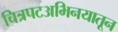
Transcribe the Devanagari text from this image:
चित्रपटअभिनयातून